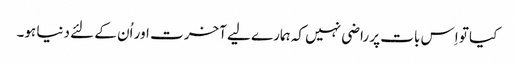
کیا تو اِس بات پر راضی نہیں کہ ہمارے لیے آخرت اور اُن کے لئے دنیا ہو۔